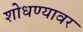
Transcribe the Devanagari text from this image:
शोधण्यावर